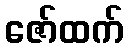
ဇော်ထက်